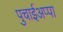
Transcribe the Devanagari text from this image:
पुचाईअप्पा